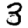
Digit: 3